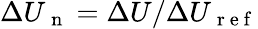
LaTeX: {\Delta U}_{\mathrm{~n~}}=\Delta U/{\Delta U}_{\mathrm{~r~e~f~}}